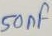
Text: 50nF